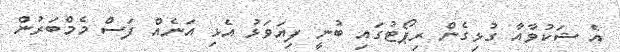
އެ ޝަކުވާއާ ގުޅިގެން ރިޕޯޓުގައި ބުނީ ފިޔަވަޅު އެޅި އަނެއް ފަސް މެމްބަރުން